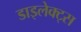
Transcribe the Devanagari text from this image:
डाइलेक्ट्स